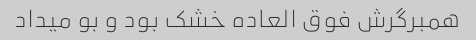
همبرگرش فوق العاده خشک بود و بو میداد